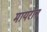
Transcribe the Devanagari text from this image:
मायरॉन